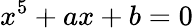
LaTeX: x^{5}+ax+b=0